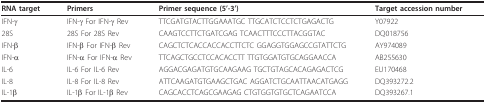
<table><thead><tr><td><b>RNA target</b></td><td><b>Primers</b></td><td><b>Primer sequence (5&#x27;-3&#x27;)</b></td><td><b>Target accession number</b></td></tr></thead><tbody><tr><td>IFN-γ</td><td>IFN-γ For IFN-γ Rev</td><td>TTCGATGTACTTGGAAATGC TTGCATCTCCTCTGAGACTG</td><td>Y07922</td></tr><tr><td>28S</td><td>28S For 28S Rev</td><td>CAAGTCCTTCTGATCGAG TCAACTTTCCCTTACGGTAC</td><td>DQ018756</td></tr><tr><td>IFN-β</td><td>IFN-β For IFN-β Rev</td><td>CAGCTCTCACCACCACCTTCTC GGAGGTGGAGCCGTATTCTG</td><td>AY974089</td></tr><tr><td>IFN-α</td><td>IFN-α For IFN-α Rev</td><td>TTCAGCTGCCTCCACACCTT TTGTGGATGTGCAGGAACCA</td><td>AB255630</td></tr><tr><td>IL-6</td><td>IL-6 For IL-6 Rev</td><td>AGGACGAGATGTGCAAGAAG TGCTGTAGCACAGAGACTCG</td><td>EU170468</td></tr><tr><td>IL-8</td><td>IL-8 For IL-8 Rev</td><td>ATTCAAGATGTGAAGCTGAC AGGATCTGCAATTAACATGAGG</td><td>DQ393272.2</td></tr><tr><td>IL-1β</td><td>IL-1β For IL-1β Rev</td><td>CAGCACCTCAGCGAAGAG CTGTGGTGTGCTCAGAATCCA</td><td>DQ393267.1</td></tr></tbody></table>